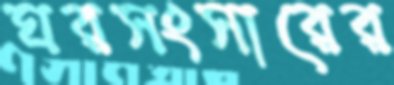
ঘরসংসারের